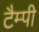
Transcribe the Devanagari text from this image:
टैम्पी